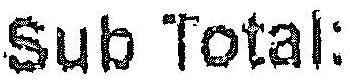
SUB TOTAL: